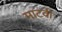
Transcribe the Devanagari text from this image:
माटवी